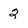
Character: 2